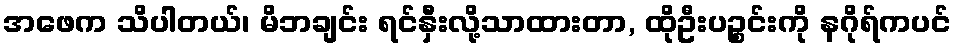
အဖေက သိပါတယ်၊ မိဘချင်း ရင်နှီးလို့သာထားတာ, ထိုဦးပဉ္စင်းကို နဂိုရ်ကပင်